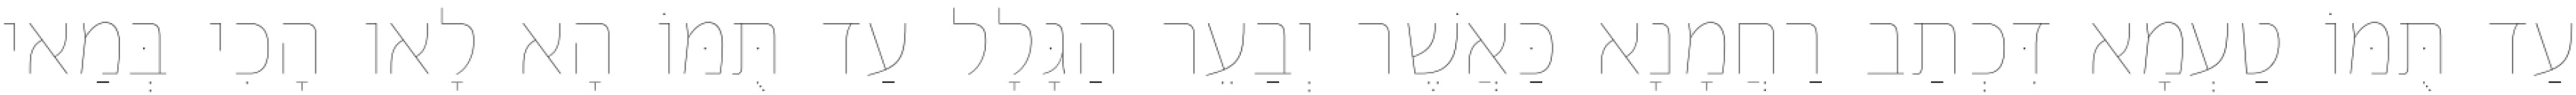
עַד תֻּמּוֹ טַעְמָא דִּכְתַב רַחֲמָנָא כַּאֲשֶׁר יְבַעֵר הַגָּלָל עַד תֻּמּוֹ הָא לָאו הָכִי בְּמַאי